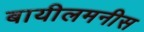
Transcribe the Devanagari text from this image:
बायीलमनीस